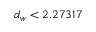
d _ { w } < 2 . 2 7 3 1 7